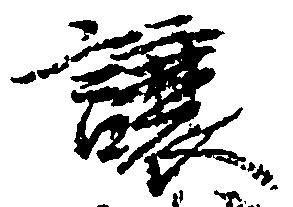
譲